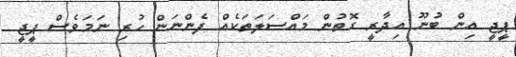
ޕީޖީ އިން ބުނޫ އިދާރީ ގޮތުން މައްސަލަތަކެއް ފެންނަން ހުރި ނަމަވެސް ޕީޖީ